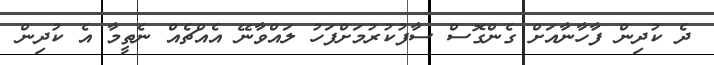
ދެ ކުދިން ފާހާނާއަށް ގެންގޮސް ސާފުކުރުމަށްފަހު ލައްވާނޭ އެއްޗެއް ނެތީމާ އެ ކުދިން